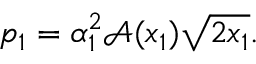
p _ { 1 } = \alpha _ { 1 } ^ { 2 } \mathcal { A } ( x _ { 1 } ) \sqrt { 2 x _ { 1 } } .